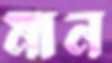
মান